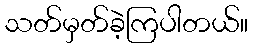
သတ်မှတ်ခဲ့ကြပါတယ်။